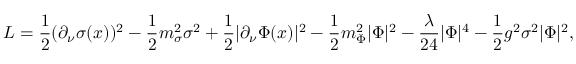
{ L } = \frac 1 2 ( \partial _ { \nu } \sigma ( x ) ) ^ { 2 } - \frac 1 2 m _ { \sigma } ^ { 2 } \sigma ^ { 2 } + \frac 1 2 | \partial _ { \nu } \Phi ( x ) | ^ { 2 } - \frac 1 2 m _ { \Phi } ^ { 2 } | \Phi | ^ { 2 } - \frac { \lambda } { 2 4 } | \Phi | ^ { 4 } - \frac 1 2 g ^ { 2 } \sigma ^ { 2 } | \Phi | ^ { 2 } ,